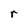
Character: r